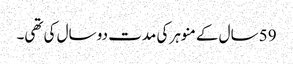
59 سال کے منوہر کی مدت دو سال کی تھی۔